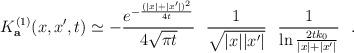
LaTeX: \begin{align*}K^{(1)}_{\bf a} (x,x',t)\simeq -{e^{-{(|x|+|x'|)^2\over 4t}}\over 4\sqrt{\pi t}}~~{1\over \sqrt{|x||x'|}}~~{1\over \ln {2tk_0\over |x|+|x'|}}~~.\end{align*}